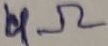
Text: 4Ω